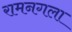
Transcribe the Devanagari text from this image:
रामनगला